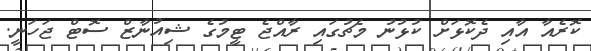
ކޮރެއާ އާއި ދެކޮޅަށް ކުޅުނު މެޗުގައި ރާއްޖެ ޓީމުގެ ޝިއުނާޒް ސޮޓް ޖަހަނީ.